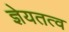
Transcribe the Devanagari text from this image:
ज्ञेयतत्व